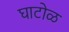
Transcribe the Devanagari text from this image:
घाटोळ